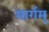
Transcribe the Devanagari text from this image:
मार्गम्‌